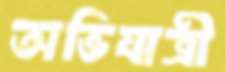
অভিযাত্রী